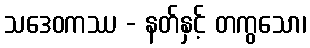
သဒေဝကဿ - နတ်နှင့် တကွသော၊